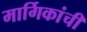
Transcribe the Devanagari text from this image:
मार्गिकांची